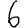
Digit: 6